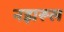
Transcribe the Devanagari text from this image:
नझरूल